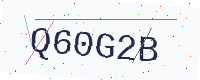
Text: Q60G2B